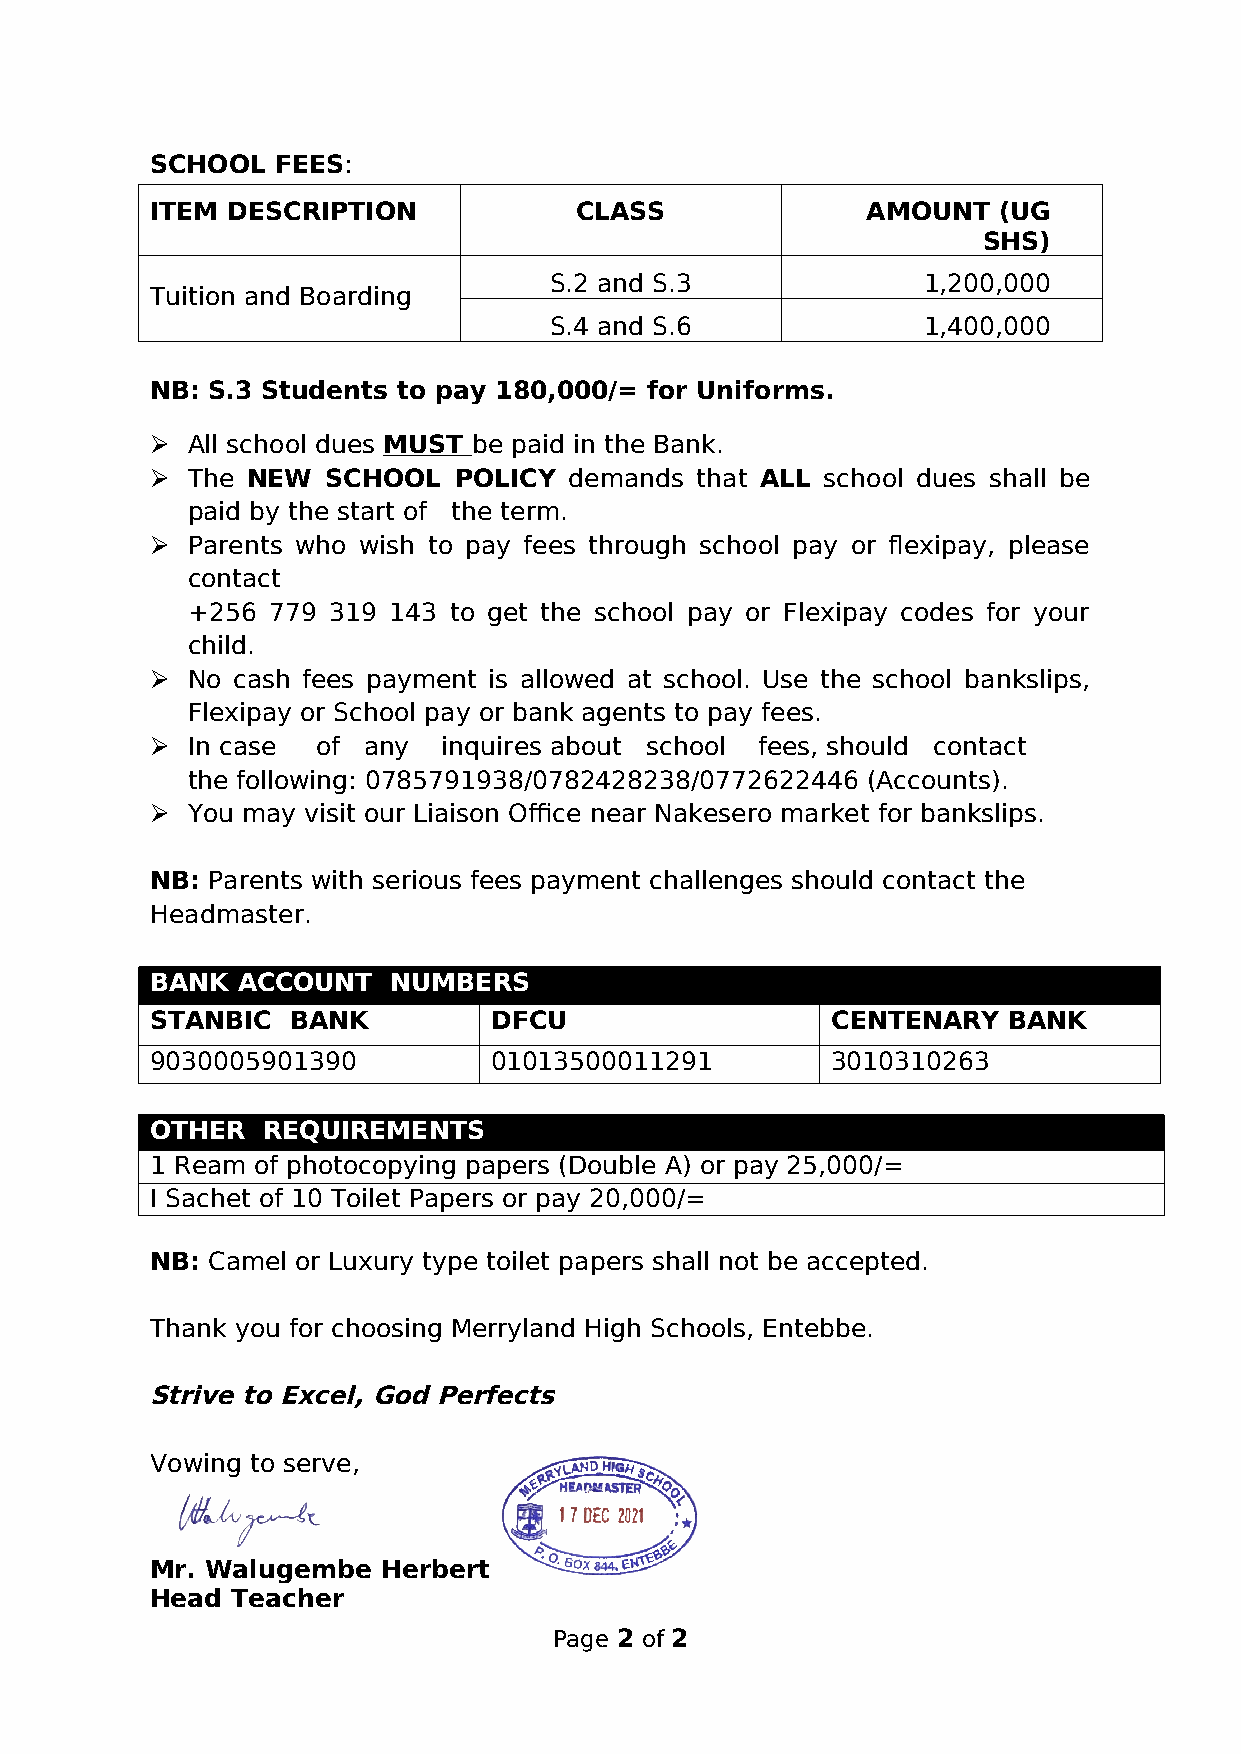
SCHOOL  FEES:
 ITEM DESCRIPTION            CLASS              AMOUNT   (UG
 SHS)
 S.2 and S.3              1,200,000
 Tuition and Boarding
 S.4 and S.6              1,400,000
 NB: S.3 Students to pay 180,000/= for Uniforms.
  All school dues MUST be paid in the Bank.
  The NEW   SCHOOL  POLICY  demands that ALL school dues shall be
 paid by the start of the term.
  Parents who wish to pay fees through school pay or flexipay, please
 contact
 +256  779 319 143 to get the school pay or Flexipay codes for your
 child.
  No cash fees payment is allowed at school. Use the school bankslips,
 Flexipay or School pay or bank agents to pay fees.
  In case  of any  inquires about school fees, should contact
 the following: 0785791938/0782428238/0772622446 (Accounts).
  You may visit our Liaison Office near Nakesero market for bankslips.
 NB: Parents with serious fees payment challenges should contact the
 Headmaster.
 BANK  ACCOUNT   NUMBERS
 STANBIC  BANK         DFCU                   CENTENARY   BANK
 9030005901390         01013500011291         3010310263
 OTHER  REQUIREMENTS
 1 Ream of photocopying papers (Double A) or pay 25,000/=
 I Sachet of 10 Toilet Papers or pay 20,000/=
 NB: Camel or Luxury type toilet papers shall not be accepted.
 Thank you for choosing Merryland High Schools, Entebbe.
 Strive to Excel, God Perfects
 Vowing to serve,
 Mr. Walugembe  Herbert
 Head Teacher
 Page 2 of 2